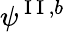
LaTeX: \psi^{\mathrm{~I~I~},b}